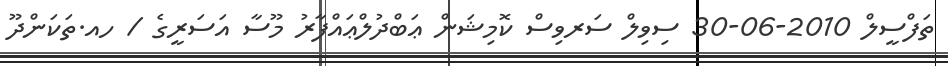
ތަފްސީލް 2010-06-30 ސިވިލް ސަރވިސް ކޮމިޝަން ޢަބްދުލްޢައްފާރު މޫސާ އަސަރީގެ / ހއ.ތަކަންދޫ